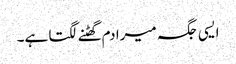
ایسی جگہ میرا دم گھٹنے لگتا ہے۔